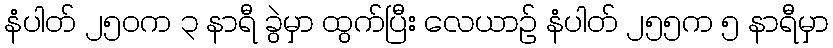
နံပါတ် ၂၅၀က ၃ နာရီ ခွဲမှာ ထွက်ပြီး လေယာဉ် နံပါတ် ၂၅၅က ၅ နာရီမှာ